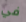
في